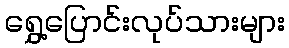
ရွှေ့ပြောင်းလုပ်သားများ